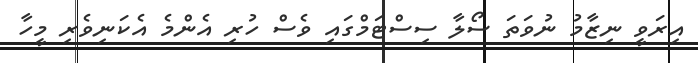
އިރަވީ ނިޒާމު ނުވަތަ ސޯލާ ސިސްޓަމްގައި ވެސް ހުރި އެންމެ އެކަނިވެރި މީހާ